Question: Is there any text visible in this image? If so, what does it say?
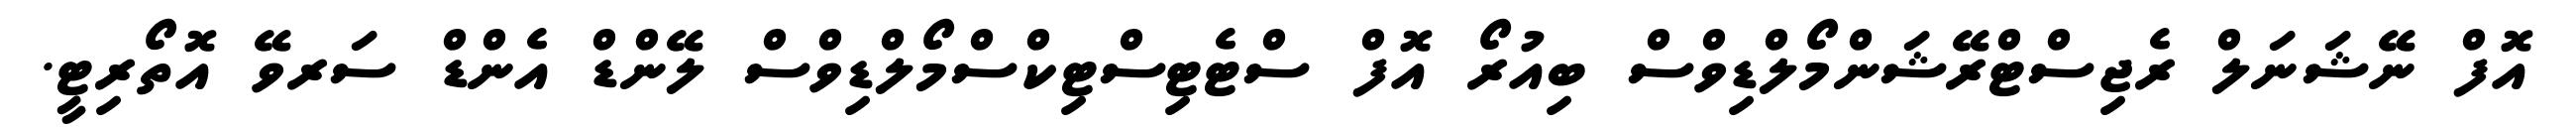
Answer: އޮފް ނޭޝަނަލް ރެޖިސްޓްރޭޝަންމޯލްޑިވްސް ބިއުރޯ އޮފް ސްޓެޓިސްޓިކްސްމޯލްޑިވްސް ލޭންޑް އެންޑް ސަރވޭ އޮތޯރިޓީ.